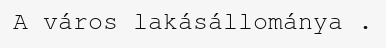
A város lakásállománya .